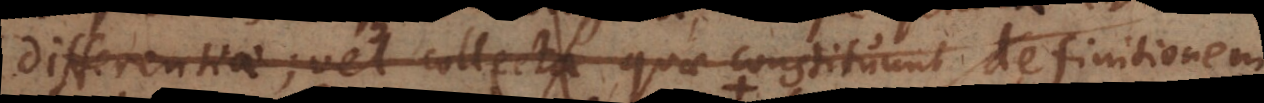
differentiae; vel collecta, quae constituunt definitionem.